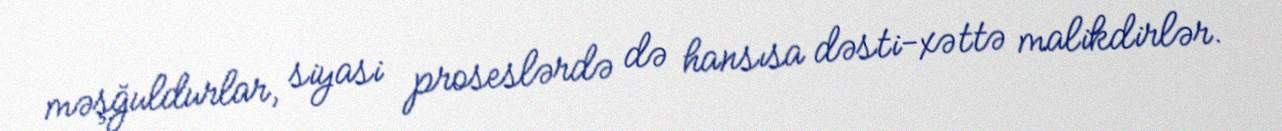
məşğuldurlar, siyasi proseslərdə də hansısa dəsti-xəttə malikdirlər.